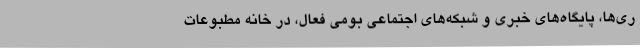
ری‌ها، پایگاه‌های خبری و شبکه‌های اجتماعی بومی فعال، در خانه مطبوعات